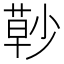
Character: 𰱰